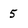
Character: 5